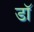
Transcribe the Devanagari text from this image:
डाॅॅ